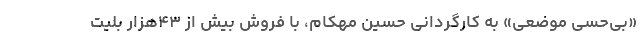
«بی‌حسی موضعی» به کارگردانی حسین مهکام، با فروش بیش از ۴۳هزار بلیت